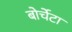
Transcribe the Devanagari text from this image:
बोर्चेटा